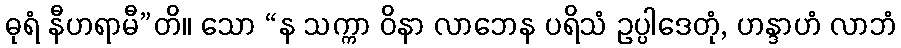
ဓုရံ နီဟရာမီ”တိ။ သော “န သက္ကာ ဝိနာ လာဘေန ပရိသံ ဥပ္ပါဒေတုံ, ဟန္ဒာဟံ လာဘံ